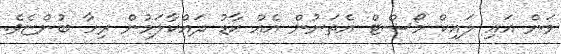
ވަން އައި ލައިކް މޯސްޓް އެތަނުން އެއް ކާޑު ދައްކާލަމުން ރިހާ ބުންޏެވެ.